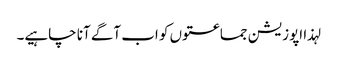
لہذا اپوزیشن جماعتوں کو اب آگے آنا چاہیے۔